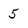
Character: 5